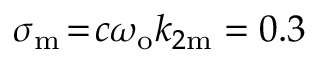
\sigma _ { \mathrm { m } } \! = \! c \omega _ { \mathrm { o } } k _ { 2 \mathrm { m } } = 0 . 3